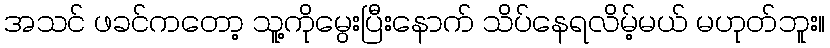
အသင် ဖခင်ကတော့ သူ့ကိုမွေးပြီးနောက် သိပ်နေရလိမ့်မယ် မဟုတ်ဘူး။